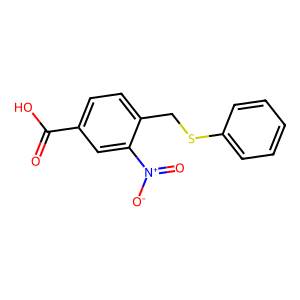
SMILES: O=C(O)c1ccc(CSc2ccccc2)c([N+](=O)[O-])c1
Inhibits HIV replication: No